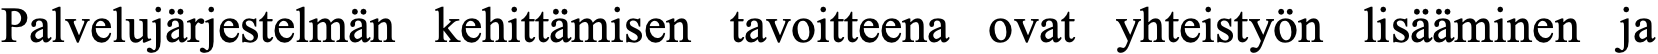
Palvelujärjestelmän kehittämisen tavoitteena ovat yhteistyön lisääminen ja